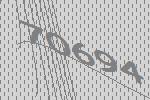
70694